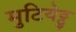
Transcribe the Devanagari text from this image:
मुटियेट्टु